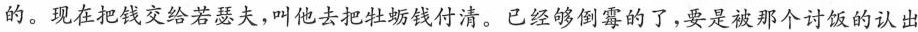
的。现在把钱交给若瑟夫，叫他去把牡蛎钱付清。已经够倒霉的了，要是被那个讨饭的认出